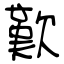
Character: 歎